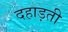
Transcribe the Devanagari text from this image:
दहाड़ती